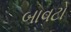
બાવટો